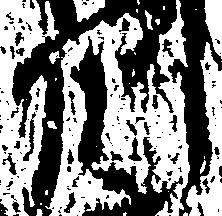
州